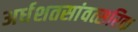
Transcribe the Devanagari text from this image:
अर्धशतसांवत्सरिक